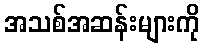
အသစ်အဆန်းများကို